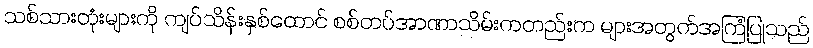
သစ်သားတုံးများကို ကျပ်သိန်းနှစ်ထောင် စစ်တပ်အာဏာသိမ်းကတည်းက များအတွက်အကြံပြုသည်